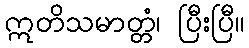
ဣတိသမာတ္တံ၊ ပြီးပြီ။